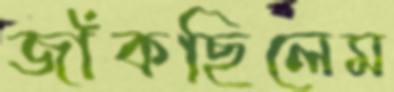
জাঁকছিলেম